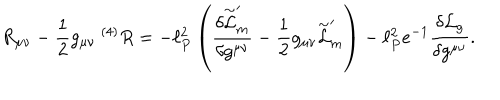
LaTeX: R _ { \mu \nu } - { \frac { 1 } { 2 } } g _ { \mu \nu } ~ ^ { ( 4 ) } R = - \ell _ { P } ^ { 2 } \left( \frac { \delta \stackrel { \sim } { \cal L } _ { m } ^ { \prime } } { \delta g ^ { \mu \nu } } - { \frac { 1 } { 2 } } g _ { \mu \nu } \stackrel { \sim } { \cal L } _ { m } ^ { \prime } \right) - \ell _ { P } ^ { 2 } e ^ { - 1 } \frac { \delta { \cal L } _ { g } } { \delta g ^ { \mu \nu } } .